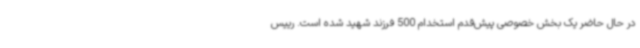
در حال حاضر یک بخش خصوصی پیش‌قدم استخدام 500 فرزند شهید شده است. رییس